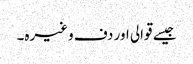
جیسے قوالی اور دف وغیرہ۔